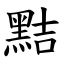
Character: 黠